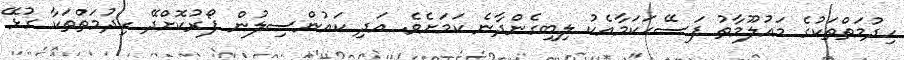
ހިދުމަތްތަކުގެ މައުލޫމާތު ފަސޭހަކަމާއެކު ލިބިގެންދާނެ ކަމަށެވެ. އަދި ކައުންސިލުން ފޯރުކޮށްދޭ ހިދުމަތްތަކާ ގުޅޭ